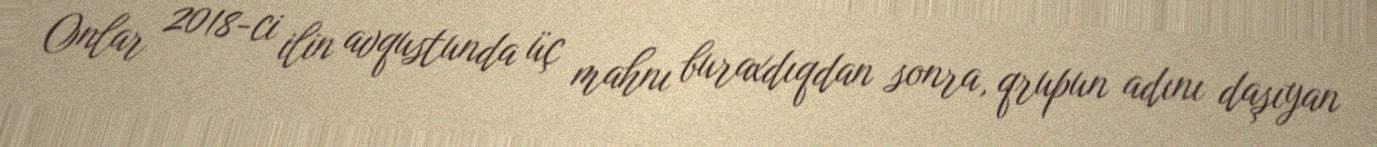
Onlar 2018-ci ilin avqustunda üç mahnı buraxdıqdan sonra, qrupun adını daşıyan